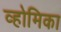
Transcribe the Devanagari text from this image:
व्होमिका